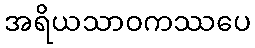
အရိယသာဝကဿပေ